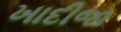
ખાદીજા